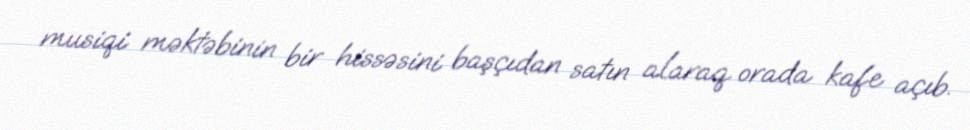
musiqi məktəbinin bir hissəsini başçıdan satın alaraq orada kafe açıb.